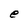
Character: e